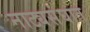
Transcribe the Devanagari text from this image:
नाट्यसंघात